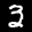
Label: 3